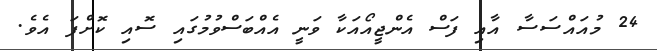
24 މުއައްސަސާ އާއި ފަސް އެންޖީއޯއަކާ ވަނީ އެއްބަސްވުމުގައި ސޮއި ކޮށްފަ އެވެ.